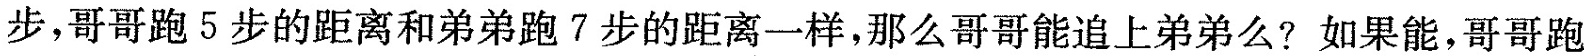
步，哥哥跑5步的距离和弟弟跑7步的距离一样，那么哥哥能追上弟弟么?如果能，哥哥跑